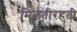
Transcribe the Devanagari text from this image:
मिलतीरहती